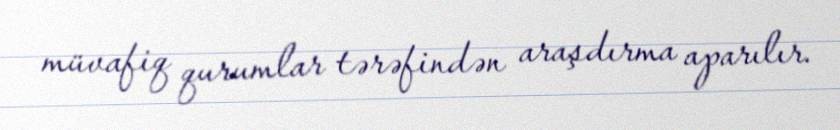
müvafiq qurumlar tərəfindən araşdırma aparılır.